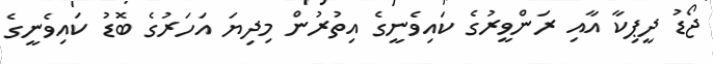
ޖޯޑު ދީޕިކާ އާއި ރަންވީރުގެ ކައިވެނީގެ އިތުރުން މިދިޔަ އަހަރުގެ ބޮޑު ކައިވެނީގެ